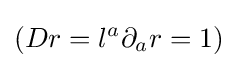
(Dr=l^{a}\partial _{a}r=1)